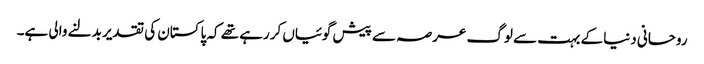
روحانی دنیا کے بہت سے لوگ عرصہ سے پیش گوئیاں کررہے تھے کہ پاکستان کی تقدیر بدلنے والی ہے۔